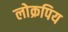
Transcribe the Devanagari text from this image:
लोक्रपिय